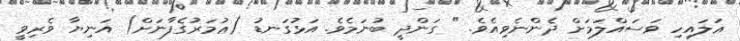
ޢަލައިހި ވަސައްލަމަށް ދެންނެވިއެވެ. " ގަންދީ ބުނަމެވެ. އަޅުގަނޑު (ޢުމަރުގެފާނަށް) އަނިޔާ ވެރިވީ